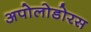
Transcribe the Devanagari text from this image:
अपोलोडोरस